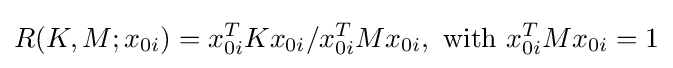
R(K,M;x_{0i})=x_{0i}^{T}Kx_{0i}/x_{0i}^{T}Mx_{0i},{\text{ with }}x_{0i}^{T}Mx_{0i}=1